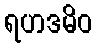
ရဟဒမိဝ